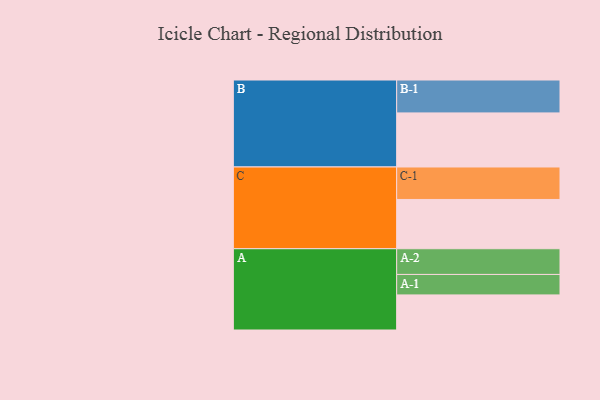
{"axis": {"x": "Segment", "y": "Value"}, "legend": ["", "A", "B", "C"], "data": [{"x": "A", "y": 307, "type": ""}, {"x": "B", "y": 473, "type": ""}, {"x": "C", "y": 431, "type": ""}, {"x": "A-1", "y": 179, "type": "A"}, {"x": "A-2", "y": 225, "type": "A"}, {"x": "B-1", "y": 288, "type": "B"}, {"x": "C-1", "y": 284, "type": "C"}]}